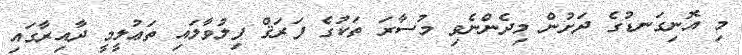
މި އޮނިގަނޑުގެ ދަށުން މިދެންނެވި މުސާރަ ތަކުގެ ފަރަޤް ފިލުވާލައި ތަޢުލީމީ ދާއިރާގައި